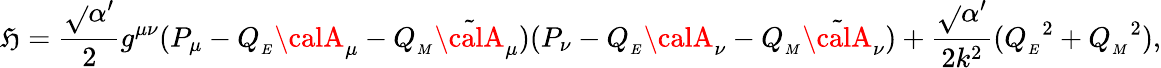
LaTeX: \mathfrak{H}=\frac{{\sqrt{}{{\alpha^{\prime}}}}}{{2}}g^{\mu\nu}(P_{\mu}-Q_{_{E}}{\calA}_{\mu}-Q_{_{M}}{\tilde{{\calA}}}_{\mu})(P_{\nu}-Q_{_{E}}{\calA}_{\nu}-Q_{_{M}}{\tilde{{\calA}}}_{\nu})+\frac{{\sqrt{}{{\alpha^{\prime}}}}}{{2k^{2}}}({Q_{_{E}}}^{2}+{Q_{_{M}}}^{2}),